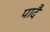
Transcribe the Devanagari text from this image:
पादै